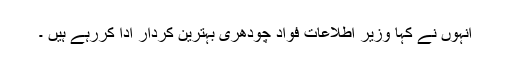
انہوں نے کہا وزیر اطلاعات فواد چودھری بہترین کردار ادا کررہے ہیں ۔